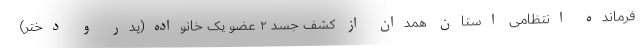
فرمانده انتظامی استان همدان از کشف جسد ۲ عضو یک خانواده(پدر و دختر)